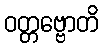
ဝတ္တဗ္ဗောတိ